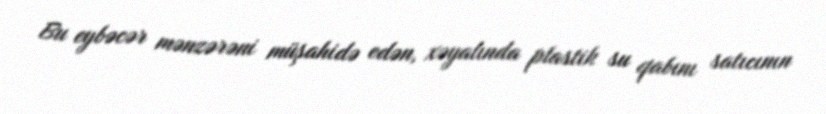
Bu eybəcər mənzərəni müşahidə edən, xəyalında plastik su qabını satıcının